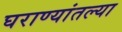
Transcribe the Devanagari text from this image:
घराण्यांतल्या